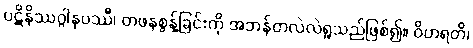
ပဋိနိဿဂ္ဂါနုပဿီ၊ တဖနစွန့်ခြင်းကို အဘန်တလဲလဲရှုသည်ဖြစ်၍။ ဝိဟရတိ၊